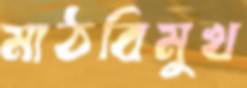
মাঠবিমুখ